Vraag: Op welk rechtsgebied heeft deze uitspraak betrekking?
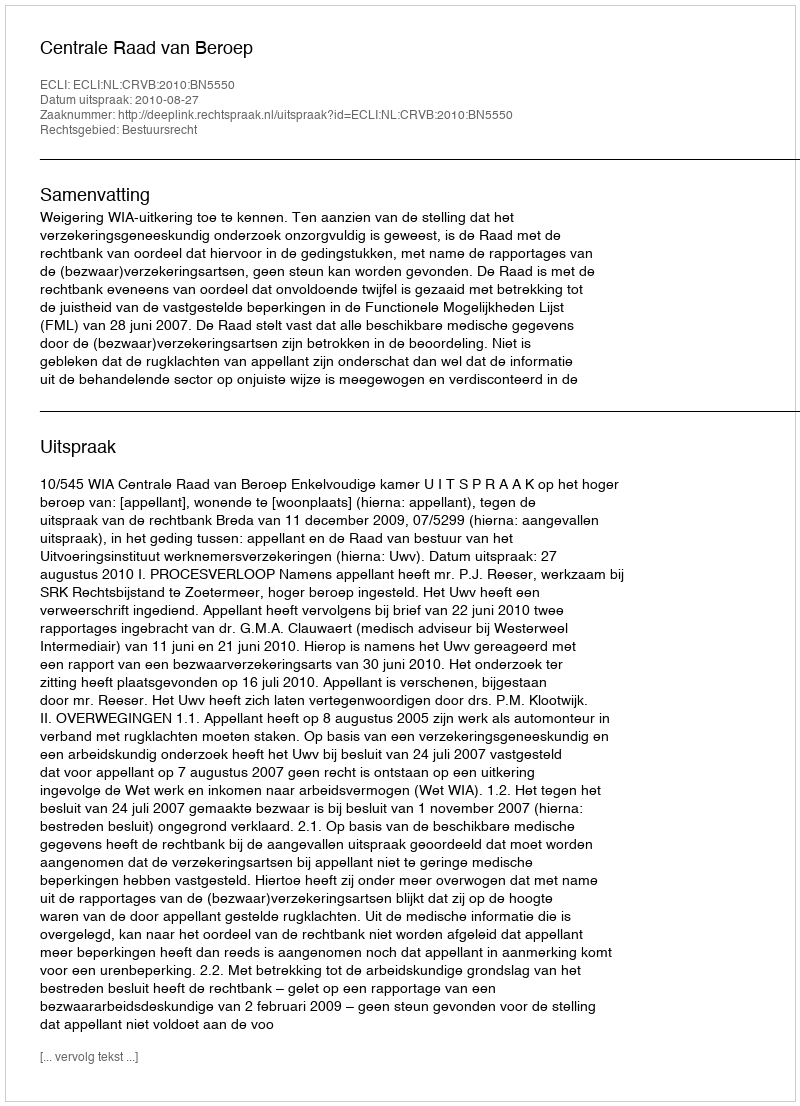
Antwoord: Bestuursrecht